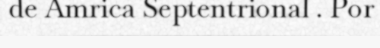
de Amrica Septentrional . Por